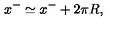
x ^ { - } \simeq x ^ { - } + 2 \pi R ,